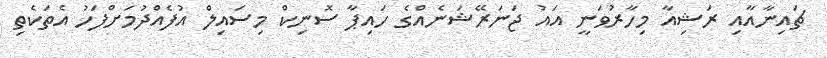
ޗައިނާއާއި ރަޝިއާ މިހާރުވަނީ އައު ޖަނަރޭޝަނެއްގެ ހައިޕާ ސޮނިކް މިސައިލް އުފެއްދުމަށްފަހު އެތަކެތި